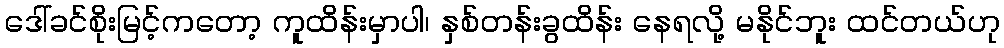
ဒေါ်ခင်စိုးမြင့်ကတော့ ကူထိန်းမှာပါ၊ နှစ်တန်းခွထိန်း နေရလို့ မနိုင်ဘူး ထင်တယ်ဟု